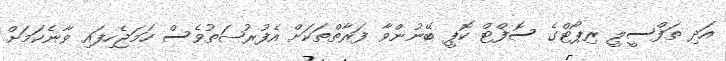
އަދި ތަފްސީލީ ރިޕޯޓްގެ ސޮފްޓް ކޮޕީ ބޭނުންވާ ފަރާތްތަކަށް އެފުރުޞަތުވެސް ހަމަޖެހިފައި ވާނެކަމަށް